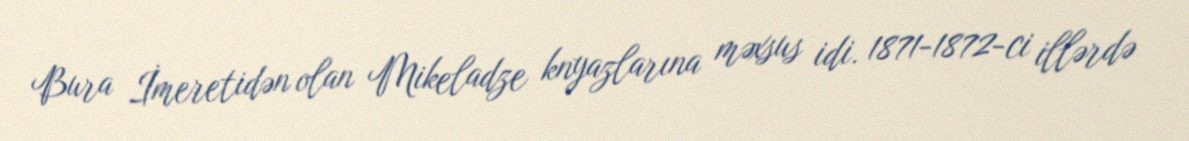
Bura İmeretidən olan Mikeladze knyazlarına məxsus idi. 1871-1872-ci illərdə